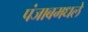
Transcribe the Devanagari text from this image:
पंजाबमधले